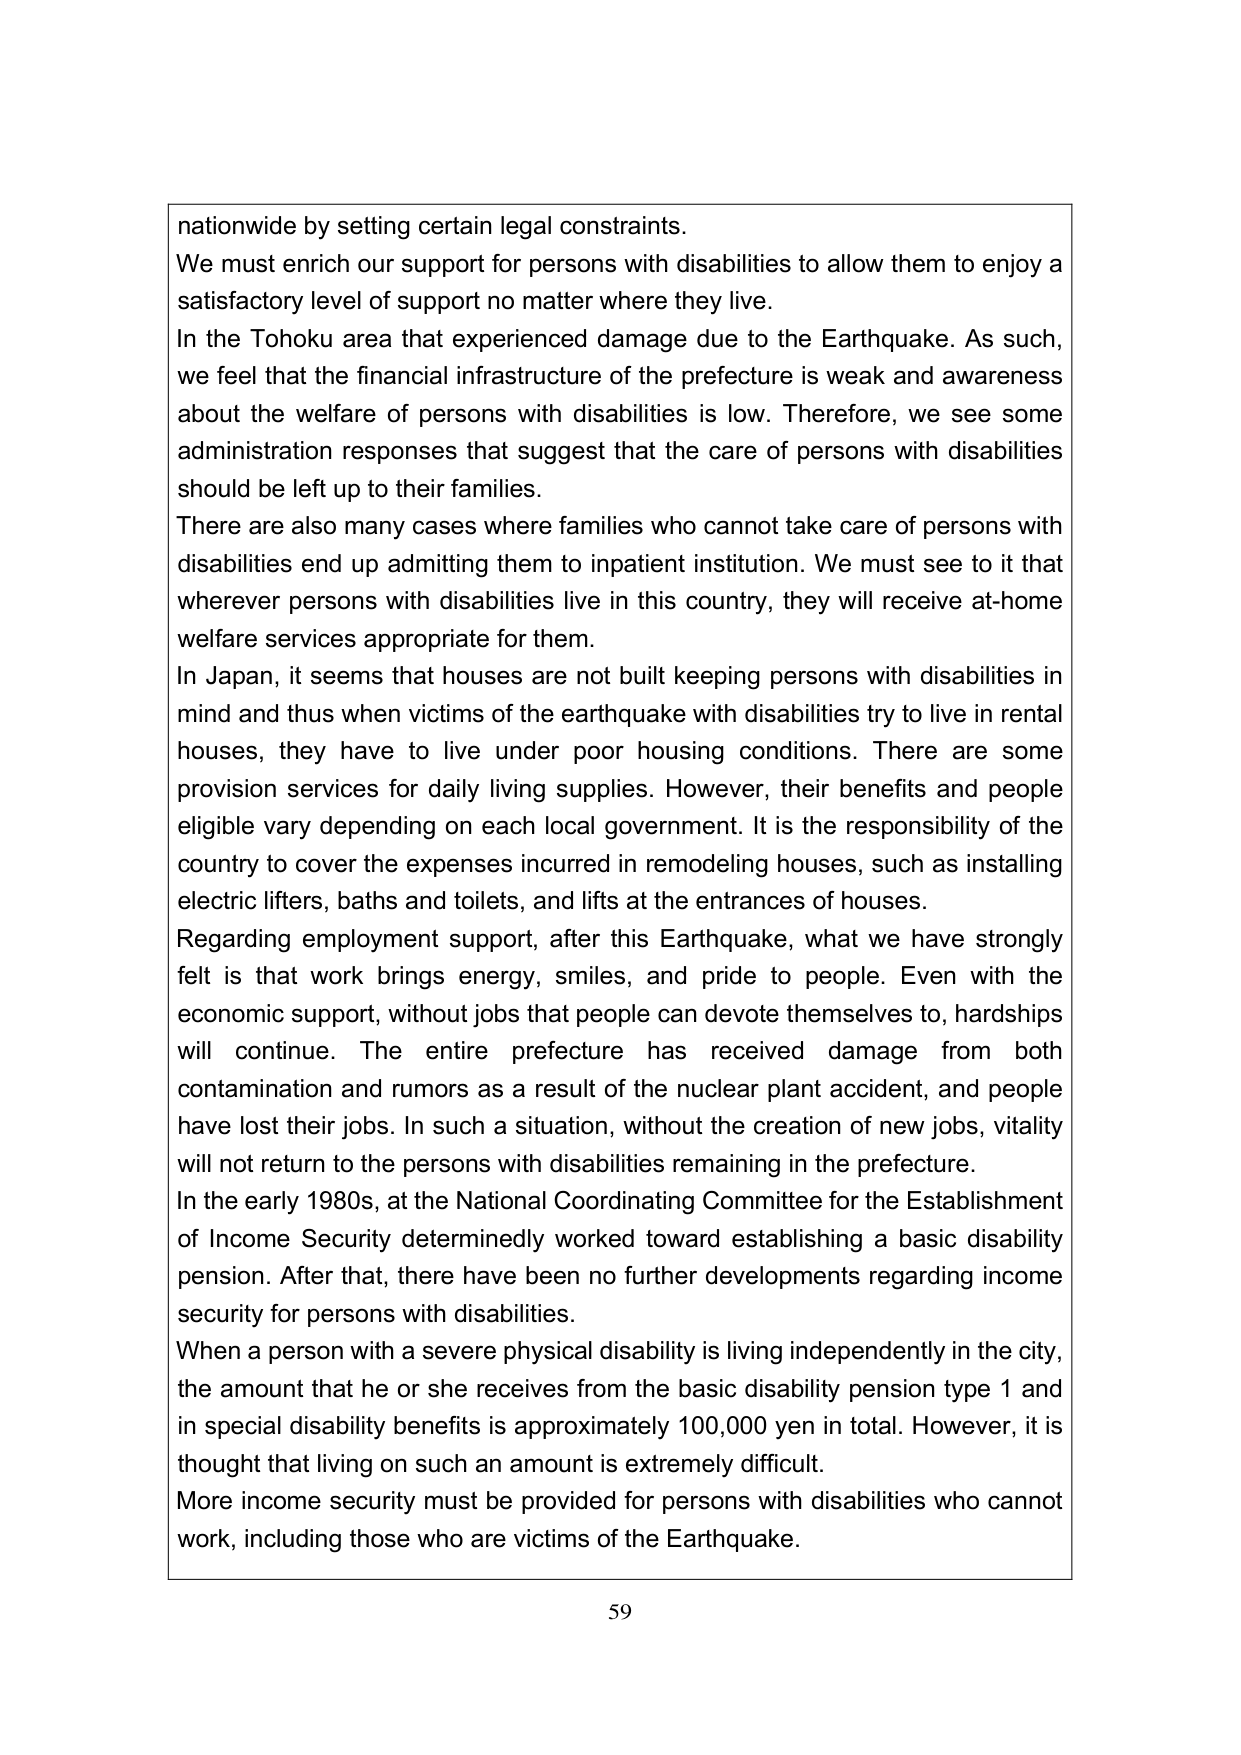
nationwide by setting certain legal constraints.
We must enrich our support for persons with disabilities to allow them to enjoy a satisfactory level of support no matter where they live.
In the Tohoku area that experienced damage due to the Earthquake. As such, we feel that the financial infrastructure of the prefecture is weak and awareness about the welfare of persons with disabilities is low. Therefore, we see some administration responses that suggest that the care of persons with disabilities should be left up to their families.
There are also many cases where families who cannot take care of persons with disabilities end up admitting them to inpatient institution. We must see to it that wherever persons with disabilities live in this country, they will receive at-home welfare services appropriate for them.
In Japan, it seems that houses are not built keeping persons with disabilities in mind and thus when victims of the earthquake with disabilities try to live in rental houses, they have to live under poor housing conditions. There are some provision services for daily living supplies. However, their benefits and people eligible vary depending on each local government. It is the responsibility of the country to cover the expenses incurred in remodeling houses, such as installing electric lifters, baths and toilets, and lifts at the entrances of houses.
Regarding employment support, after this Earthquake, what we have strongly felt is that work brings energy, smiles, and pride to people. Even with the economic support, without jobs that people can devote themselves to, hardships will continue. The entire prefecture has received damage from both contamination and rumors as a result of the nuclear plant accident, and people have lost their jobs. In such a situation, without the creation of new jobs, vitality will not return to the persons with disabilities remaining in the prefecture.
In the early 1980s, at the National Coordinating Committee for the Establishment of Income Security determinedly worked toward establishing a basic disability pension. After that, there have been no further developments regarding income security for persons with disabilities.
When a person with a severe physical disability is living independently in the city, the amount that he or she receives from the basic disability pension type 1 and in special disability benefits is approximately 100,000 yen in total. However, it is thought that living on such an amount is extremely difficult.
More income security must be provided for persons with disabilities who cannot work, including those who are victims of the Earthquake.
59